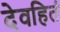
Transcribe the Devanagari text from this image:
देवहितं